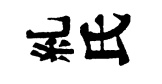
糺氏